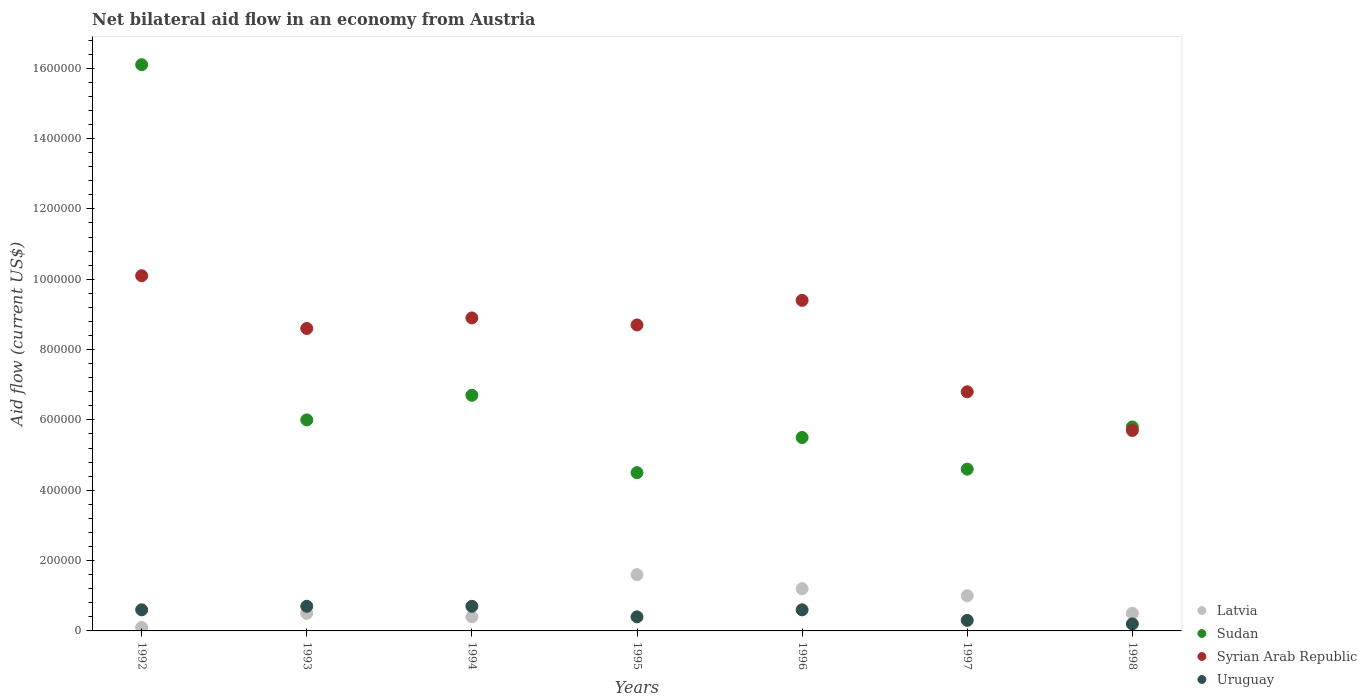
| Years | Latvia | Sudan | Syrian Arab Republic | Uruguay |
 | --- | --- | --- | --- | --- |
 | 1992 | 1e+04 | 1.61e+06 | 1.01e+06 | 6e+04 |
 | 1993 | 5e+04 | 6e+05 | 8.6e+05 | 7e+04 |
 | 1994 | 4e+04 | 6.7e+05 | 8.9e+05 | 7e+04 |
 | 1995 | 1.6e+05 | 4.5e+05 | 8.7e+05 | 4e+04 |
 | 1996 | 1.2e+05 | 5.5e+05 | 9.4e+05 | 6e+04 |
 | 1997 | 1e+05 | 4.6e+05 | 6.8e+05 | 3e+04 |
 | 1998 | 5e+04 | 5.8e+05 | 5.7e+05 | 2e+04 |